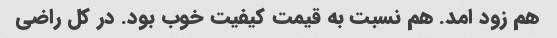
هم زود امد. هم نسبت به قیمت کیفیت خوب بود. در کل راضی